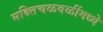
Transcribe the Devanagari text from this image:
भक्तिचळवळींमध्ये